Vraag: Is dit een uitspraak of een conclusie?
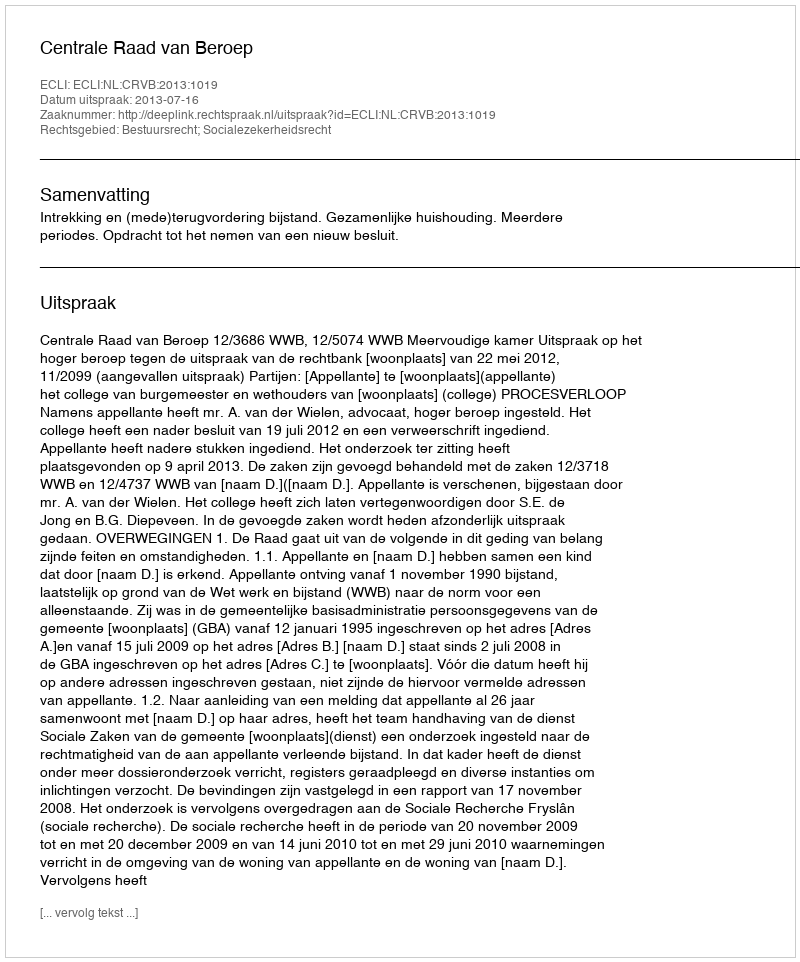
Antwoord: Uitspraak